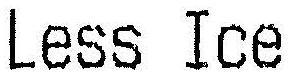
LESS ICE